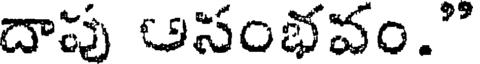
దాపు అసంభవం."